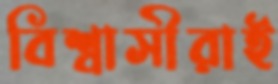
বিশ্বাসীরাই